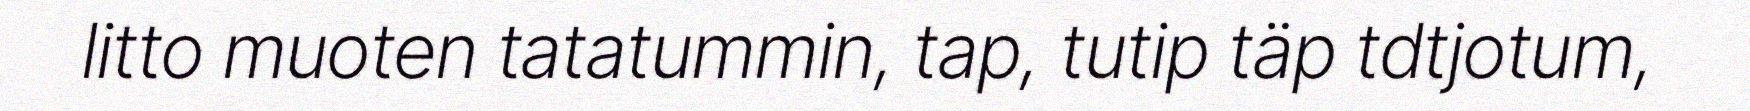
litto muoten tatatummin, tap, tutip täp tdtjotum,